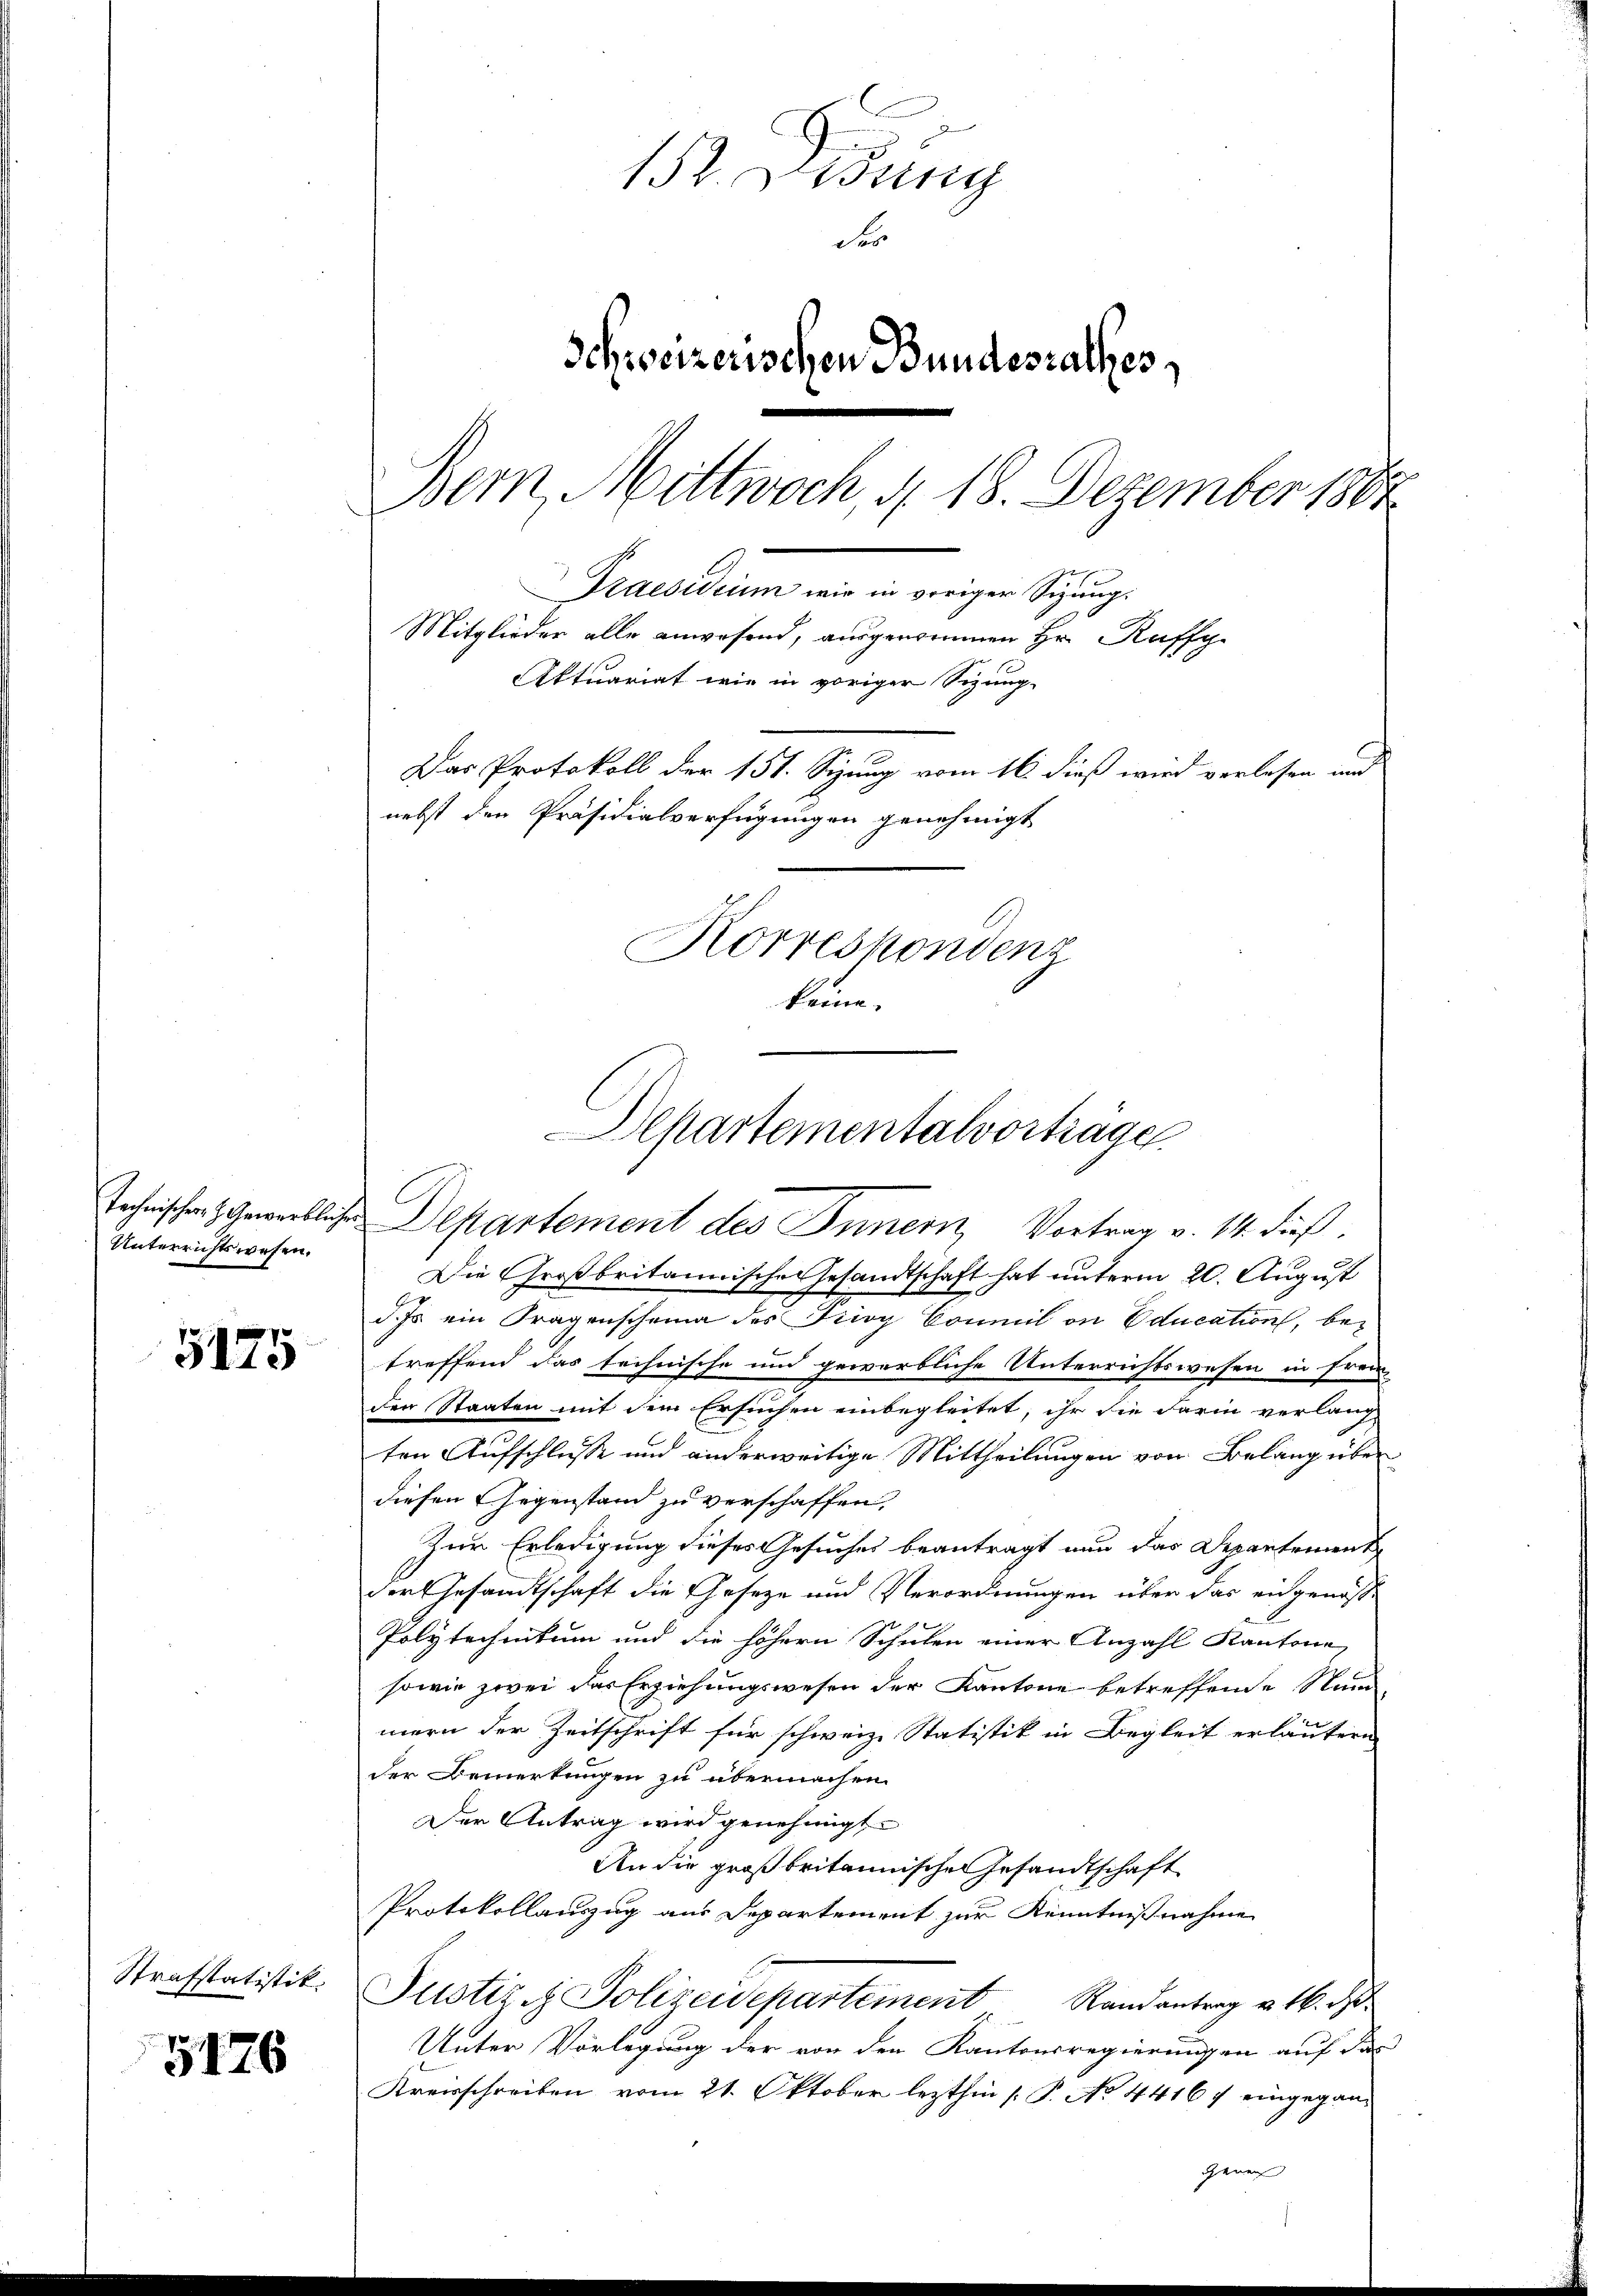
Unterrichtswesen.

5125

5476

s
15. Jung
der
Schweizerischen Bundesrathes
Bern, Mittwoch, d. 18. Dezember 1884
Praesidium wir in voriger Sizung.
Mitglieder alle anwesend, ausgenommen Hr. Ruffg
Aktuariat wie in voriger Sizung
Das Protokoll der 151. Sizung vom 16. dieß wird verlesen und
nebst den Präsidialverfügungen genehmigt
Korrespondenz
keine.

Departementalvorträge
Technischen Gewerbliche Departement des Innern, Vortrag v. 14. dieß.

Die Großbritannische Gesandtschaft hat unterm 20. August
d. Js. ein Fragenscheina des Frey Commil an Education, bez.
treffend das technische und gewerbliche Unterrichtswesen in frem
den Staaten mit dem Ersuchen einbegleitet, ihr die darin verlang
ten Aufschlüsse und anderweitige Mittheilungen von Belang über
diesen Gegenstand zu verschaffen,
Zur Erledigung dieses Gesuches beantragt nun das Departement
der Gesandtschaft die Geseze und Verordnungen über das eingenoße
F
Polytechnikum und die höhern Schulen einer Anzahl Kantone
sowie zwei das Erziehungswesen der Kantone betreffende Num
mern der Zeitschrift für schweiz. Statistik in Begleit erläutern
der Bemerkungen zu übermachen.
Der Antrag wird genehmigt.
An die großbritannische Gesandtschaft
Protokollauszug aus Departement zur Kenntnißnahme
Strafstatistik. Justiz & Polizeideparteinent Randantrag v. 16. d.
Unter Vorlegung der von den Kantonsregierungen auf das
Kreisschreiben vom 21. Oktober lezthin [P. No 4416 f eingegangenen